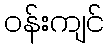
ဝန်းကျင်